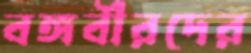
বঙ্গবীরদের